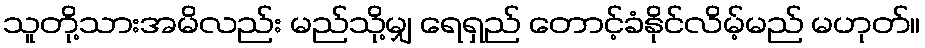
သူတို့သားအမိလည်း မည်သို့မျှ ရေရှည် တောင့်ခံနိုင်လိမ့်မည် မဟုတ်။